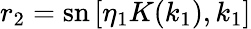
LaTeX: r_{2}=\mathrm{sn}\left[\eta_{1}K(k_{1}),k_{1}\right]